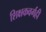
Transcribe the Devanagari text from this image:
शिक्षकवर्गही